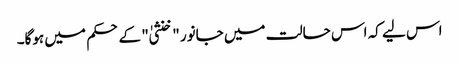
اس لیے کہ اس حالت میں جانور "خنثیٰ" کے حکم میں ہوگا۔